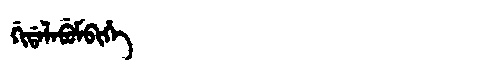
Manchu: ᡤᡳᡩᠠᠯᠠᠪᡠᠮᠪᡳᡥᡝ
Romanization: GIDALABUMBIHE